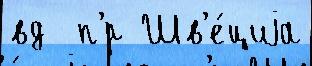
вд  п'́р Шв'е́циjа